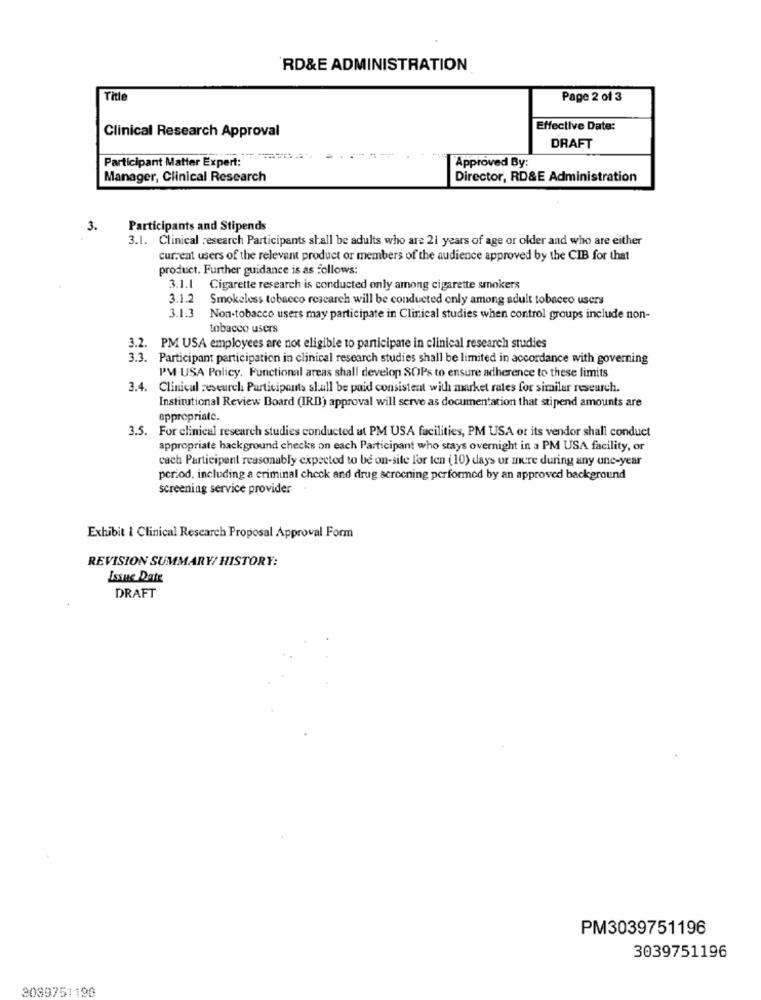
RD&E ADMINISTRATION
Title
Page 2 of 3
Clinical Research Approval
Effective Date:
DRAFT
Participant Matter Expert: ****....
Approved By:
Manager, Clinical Research
Director, RD&E Administration
3.
Participants and Stipends
3.1. Clinical research Participants shall be adults who are 21 years of age or older and who are either
current users of the relevant product or members of the audience approved by the CIB for that
product. Further guidance is as follows:
3.1.1 Cigarette research is conducted only among cigarette smokers
3.1.2
Smokeless tobacco research will be conducted only among adult tobacco users
3.1.3
Non-tobacco users may participate in Clinical studies when control groups include non-
tobacco users
3.2. PM USA employees are not eligible to participate in clinical research studies
3.3. Participant participation in clinical research studies shall be limited in accordance with governing
PM USA Policy, Functional areas shall develop SOPs to ensure adherence to these limits
3.4. Clinical research Participants shall be paid consistent with market rates for similar research.
Institutional Review Board (IRB) approval will serve as documentation that stipend amounts are
appropriate.
3.5. For clinical research studies conducted ut PM USA facilities, PM USA or its vendor shall conduct
appropriate background checks on each Participant who stays overnight in a PM USA facility, or
cach Participant reasonably expected to be on-site l'or ten (10) days or mere during any une-year
period, including a criminal check and drug screening performed by an approved background
screening service provider
Exhibit 1 Clinical Research Proposal Approval Form
REVISION SUMMARY/ HISTORY:
Issue Date
DRAFT
PM3039751196
3039751196
3089751190